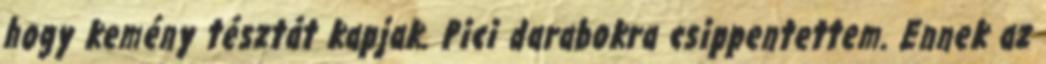
hogy kemény tésztát kapjak. Pici darabokra csippentettem. Ennek az